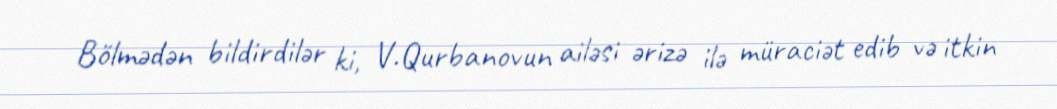
Bölmədən bildirdilər ki, V.Qurbanovun ailəsi ərizə ilə müraciət edib və itkin